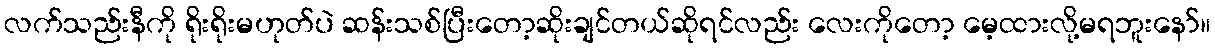
လက်သည်းနီကို ရိုးရိုးမဟုတ်ပဲ ဆန်းသစ်ပြီးတော့ဆိုးချင်တယ်ဆိုရင်လည်း လေးကိုတော့ မေ့ထားလို့မရဘူးနော်။